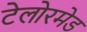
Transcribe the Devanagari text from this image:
टेलोरमेड